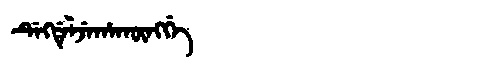
Manchu: ᡩᡝᡴᡩᡝᠯᠵᡝᡥᠠᡴᡡᠩᡤᡝ
Romanization: DEKDELJEHAKŪNGGE